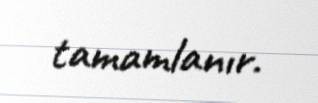
tamamlanır.